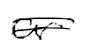
Text: or
Cross-out: double-line
Writing tool: digital_black